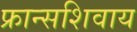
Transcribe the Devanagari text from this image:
फ्रान्सशिवाय